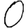
Digit: 0